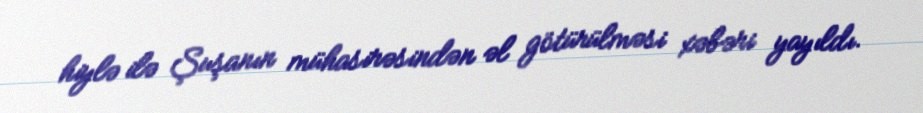
hiylə ilə Şuşanın mühasirəsindən əl götürülməsi xəbəri yayıldı.